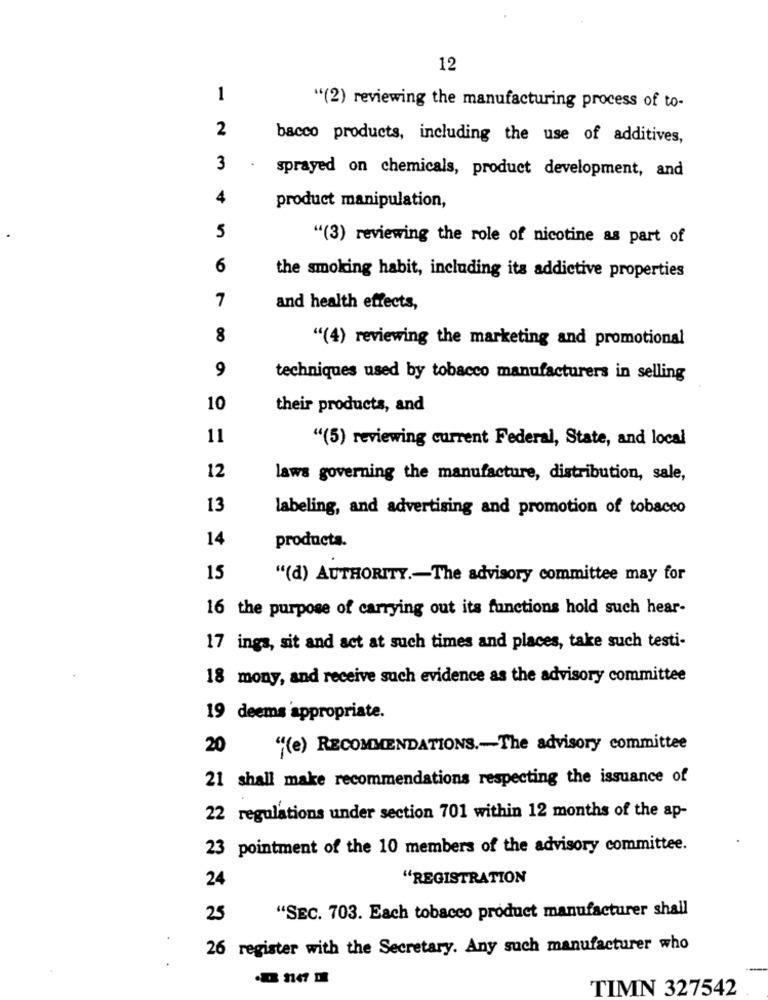
12
1
"(2) reviewing the manufacturing process of to-
2
bacco products, including the use of additives,
3
.
sprayed on chemicals, product development, and
4
product manipulation,
5
"(3) reviewing the role of nicotine as part of
6
the smoking habit, including its addictive properties
7
and health effects,
8
"(4) reviewing the marketing and promotional
9
techniques used by tobacco manufacturers in selling
10
their products, and
11
"(5) reviewing current Federal, State, and local
12
laws governing the manufacture, distribution, sale,
13
labeling, and advertising and promotion of tobacco
14
producta.
15
"(d) AUTHORITY .- The advisory committee may for
16 the purpose of carrying out its functions hold such hear-
17 ings, sit and act at such times and places, take such testi-
18 mony, and receive such evidence as the advisory committee
19 deems appropriate.
20
"(e) RECOMMENDATIONS .- The advisory committee
21 shall make recommendations respecting the issuance of
22 regulations under section 701 within 12 months of the ap-
23 pointment of the 10 members of the advisory committee.
24
"REGISTRATION
25
"SEC. 703. Each tobacco product manufacturer shall
26 register with the Secretary. Any such manufacturer who
TIMN 327542